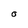
Character: O